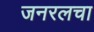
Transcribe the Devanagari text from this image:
जनरलचा